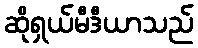
ဆိုရှယ်မီဒီယာသည်